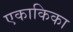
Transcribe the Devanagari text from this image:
एकाकिका